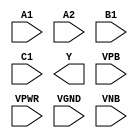
module sky130_fd_sc_lp__o211ai (
    //# {{data|Data Signals}}
    input  A1  ,
    input  A2  ,
    input  B1  ,
    input  C1  ,
    output Y   ,

    //# {{power|Power}}
    input  VPB ,
    input  VPWR,
    input  VGND,
    input  VNB
);
endmodule